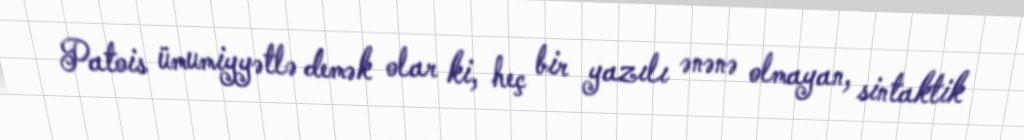
Patois ümumiyyətlə demək olar ki, heç bir yazılı ənənə olmayan, sintaktik